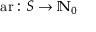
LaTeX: { \mathrm { a r : } } \ S \to \mathbb { N } _ { 0 }